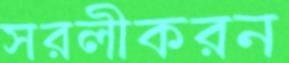
সরলীকরন